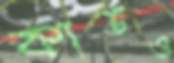
কার্ডও